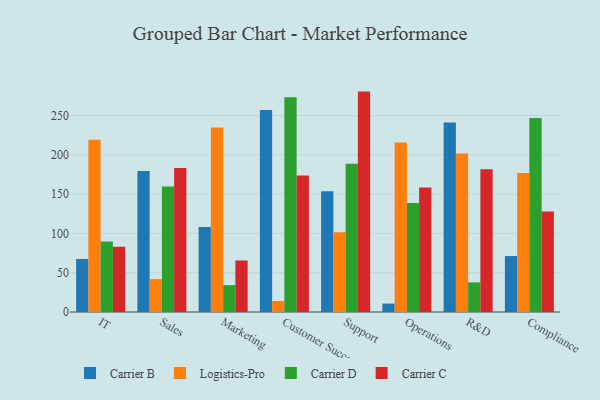
{"axis": {"x": "Department", "y": "Production Output"}, "legend": ["Carrier B", "Carrier C", "Carrier D", "Logistics-Pro"], "data": [{"x": "IT", "y": 67.5, "type": "Carrier B"}, {"x": "IT", "y": 219.3, "type": "Logistics-Pro"}, {"x": "IT", "y": 89.6, "type": "Carrier D"}, {"x": "IT", "y": 83.1, "type": "Carrier C"}, {"x": "Sales", "y": 179.5, "type": "Carrier B"}, {"x": "Sales", "y": 41.8, "type": "Logistics-Pro"}, {"x": "Sales", "y": 159.8, "type": "Carrier D"}, {"x": "Sales", "y": 183.4, "type": "Carrier C"}, {"x": "Marketing", "y": 108.1, "type": "Carrier B"}, {"x": "Marketing", "y": 234.7, "type": "Logistics-Pro"}, {"x": "Marketing", "y": 34.2, "type": "Carrier D"}, {"x": "Marketing", "y": 65.6, "type": "Carrier C"}, {"x": "Customer Success", "y": 257.2, "type": "Carrier B"}, {"x": "Customer Success", "y": 14.0, "type": "Logistics-Pro"}, {"x": "Customer Success", "y": 273.3, "type": "Carrier D"}, {"x": "Customer Success", "y": 173.8, "type": "Carrier C"}, {"x": "Support", "y": 153.7, "type": "Carrier B"}, {"x": "Support", "y": 101.4, "type": "Logistics-Pro"}, {"x": "Support", "y": 188.7, "type": "Carrier D"}, {"x": "Support", "y": 280.5, "type": "Carrier C"}, {"x": "Operations", "y": 10.7, "type": "Carrier B"}, {"x": "Operations", "y": 215.8, "type": "Logistics-Pro"}, {"x": "Operations", "y": 138.7, "type": "Carrier D"}, {"x": "Operations", "y": 158.3, "type": "Carrier C"}, {"x": "R&D", "y": 241.1, "type": "Carrier B"}, {"x": "R&D", "y": 201.8, "type": "Logistics-Pro"}, {"x": "R&D", "y": 37.7, "type": "Carrier D"}, {"x": "R&D", "y": 181.6, "type": "Carrier C"}, {"x": "Compliance", "y": 71.2, "type": "Carrier B"}, {"x": "Compliance", "y": 176.8, "type": "Logistics-Pro"}, {"x": "Compliance", "y": 246.9, "type": "Carrier D"}, {"x": "Compliance", "y": 128.0, "type": "Carrier C"}]}